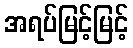
အရပ်မြင့်မြင့်